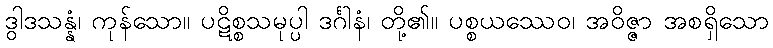
ဒွါဒသန္နံ၊ ကုန်သော။ ပဋိစ္စသမုပ္ပါ ဒင်္ဂါနံ၊ တို့၏။ ပစ္စယဿေဝ၊ အဝိဇ္ဇာ အစရှိသော